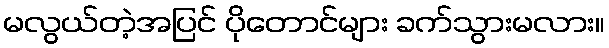
မလွယ်တဲ့အပြင် ပိုတောင်များ ခက်သွားမလား။